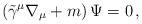
LaTeX: \begin{align*}\left( \tilde{\gamma}^{\mu}\nabla_{\mu} + m \right) \Psi=0\,,\end{align*}